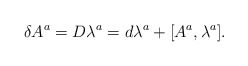
\begin{align*}\delta A^{a}=D\lambda^{a}=d\lambda^{a}+[A^{a},\lambda^{a}].\end{align*}